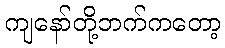
ကျနော်တို့ဘက်ကတော့